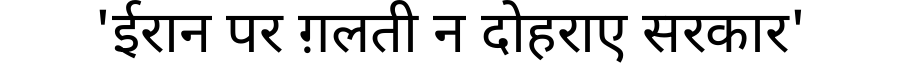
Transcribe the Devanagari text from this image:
'ईरान पर ग़लती न दोहराए सरकार'